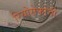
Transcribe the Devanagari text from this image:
रियोसेकोची